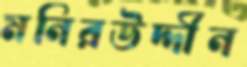
মনিরউদ্দীন